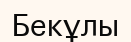
Бекұлы